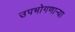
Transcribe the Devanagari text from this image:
उपभोगणार्‍या